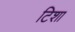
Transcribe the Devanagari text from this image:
टिशा